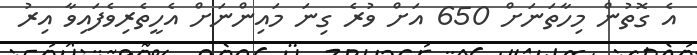
އެ ގޮތުން މިހާތަނަށް 650 އަށް ވުރެ ގިނަ މައިންނަށް އެހީތެރިވެފައިވާ އިރު